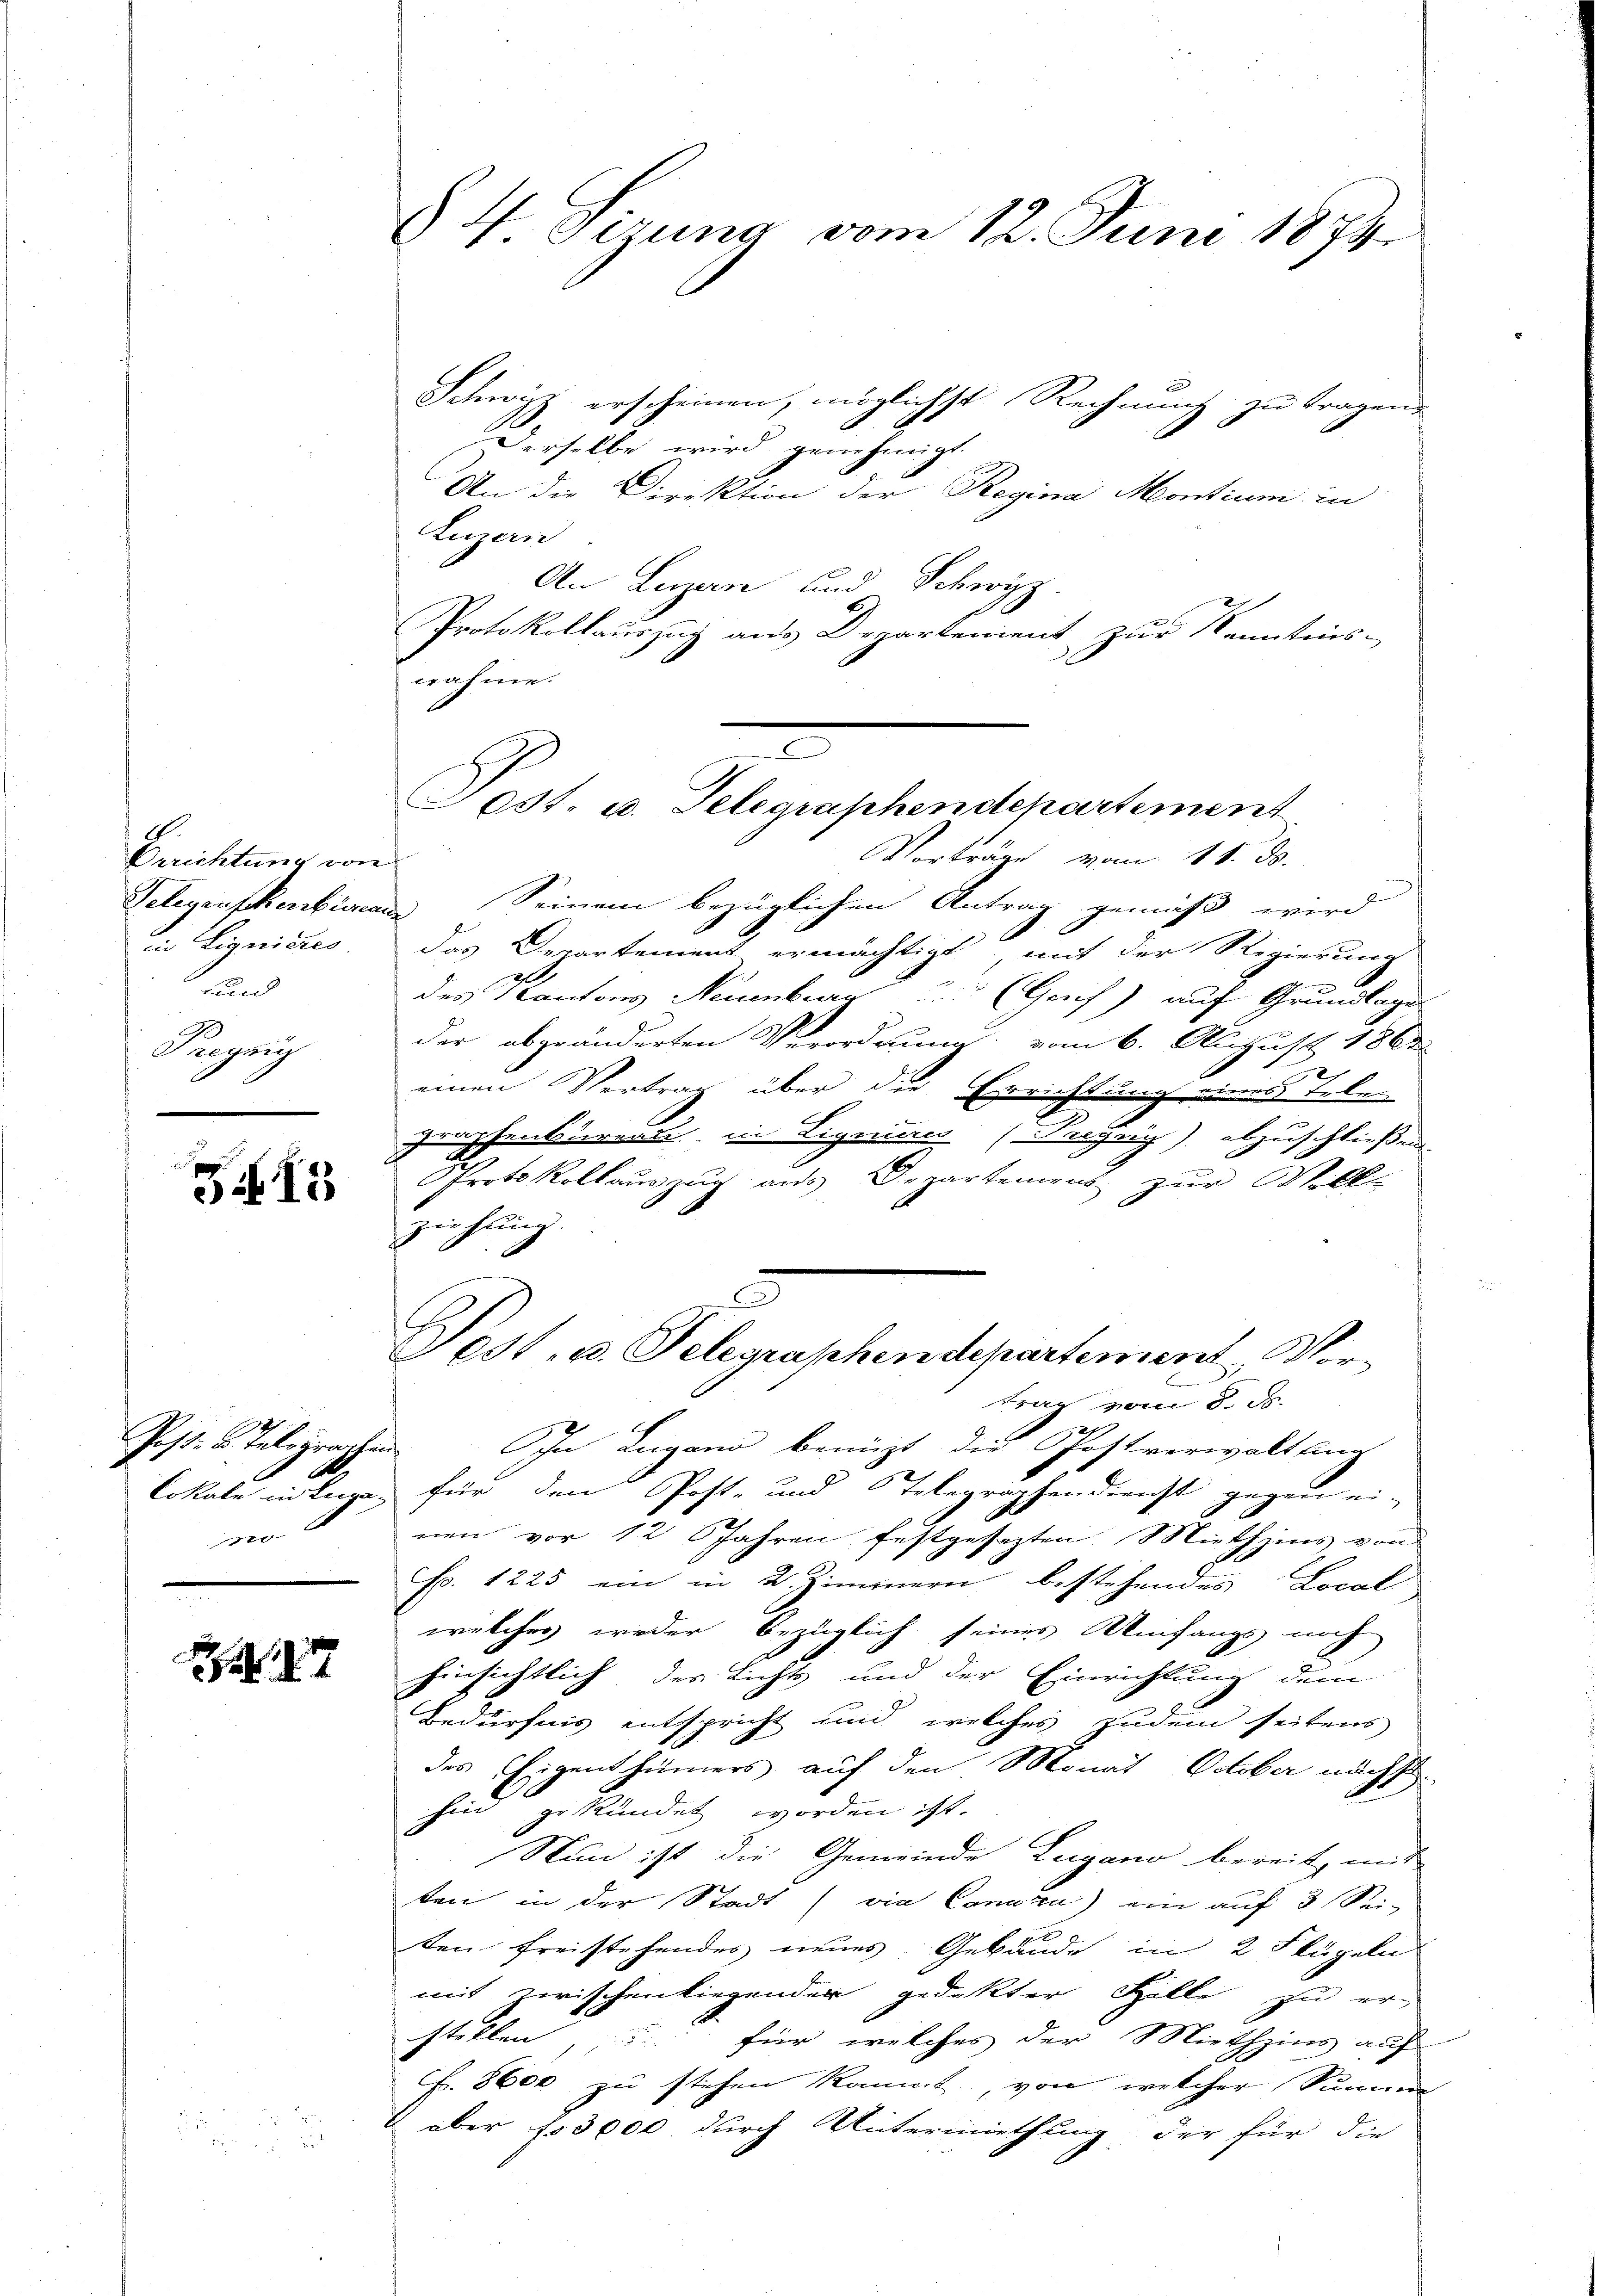
1.
Drichtung von
in Lignicus
und
Pregung

515

0

§4 Girung vom 12. Juni 1874

Schwisz erscheinen, möglichst Rechnung zu tragen.
Derselbe wird genehmigt.
An die Direktion der Regina Montium in
Luzern
An Luzern und Schwyz.
Protokollauszug aus Departement zur Kenntnis-
crahme.
Vorträge vom 18. ds.
Telegruskenbüreaus Seinem bezüglichen Antrag gemäß wird
das Departement ermächtigt, mit der Regierung
2
des Kantons Neuenburg u. (Grif) auf Grundlages
der abgeänderten Verordnung vom 6. August 1863.
einen Vertrag über die Errichtung eines Leben
graphenbureau in Ligeien (Pregng), abzuschließen.
Protokollauszug aus Departemens zŭr Will-
ziehung.
Dost. u. Telegraphendepartement, Vortrag vom 8. ds.
Josts Telegraphen. In Lugano benützt die Postverwaltung
Lokale in Tage für den Post- und Telegraphendienst gegen ei-
nen vor 12 Jahren festgesezten Miethzins von
Fr. 1225 ein in 2 Zimmern bestehendes Local
welches weder bezüglich seines Umfangs noch
hinsichtlich des Lichts und der Einrichtung dem
Bedürfnis entspricht und welches zudem seitens
des Eigenthümers auf den Monat October nächst
sind gekündet worden ist.
Nun ist die Gemeinde Lugano bereit, mit
ten in der Stadt (via Canuzi) ein auf 3 Sei-
ten freistehendes neues Gebäude in 2 Flügeln
mit zwischenliegender gedekter Zelle zu er-
stellen, u. für welches der Miethzins auf
f. 8600 zu stehen kannt, von welcher Summe
aber fo 3000 durch Untermiethung der für die

303t. u. Telegraphendepartement